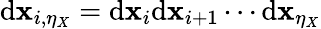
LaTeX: \mathrm{d}\mathbf{x}_{i,\eta_{X}}=\mathrm{d}\mathbf{x}_{i}\mathrm{d}\mathbf{x}_{i+1}\cdots\mathrm{d}\mathbf{x}_{\eta_{X}}